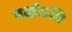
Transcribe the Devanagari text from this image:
बद्धोऽसि